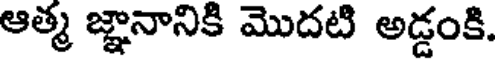
ఆత్మ జ్ఞానానికి మొదటి అడ్డంకి.